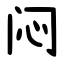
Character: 闷